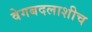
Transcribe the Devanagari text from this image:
वेगबदलाशीच